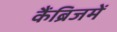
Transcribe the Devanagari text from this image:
कैंब्रिजमें